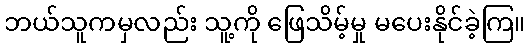
ဘယ်သူကမှလည်း သူ့ကို ဖြေသိမ့်မှု မပေးနိုင်ခဲ့ကြ။